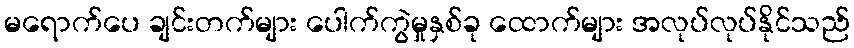
မရောက်ပေ ချင်းတက်များ ပေါက်ကွဲမှုနှစ်ခု ထောက်များ အလုပ်လုပ်နိုင်သည်